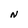
Character: N